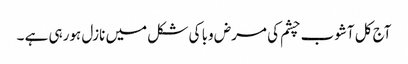
آج کل آشوب چشم کی مرض وبا کی شکل میں نازل ہورہی ہے ۔